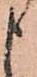
申